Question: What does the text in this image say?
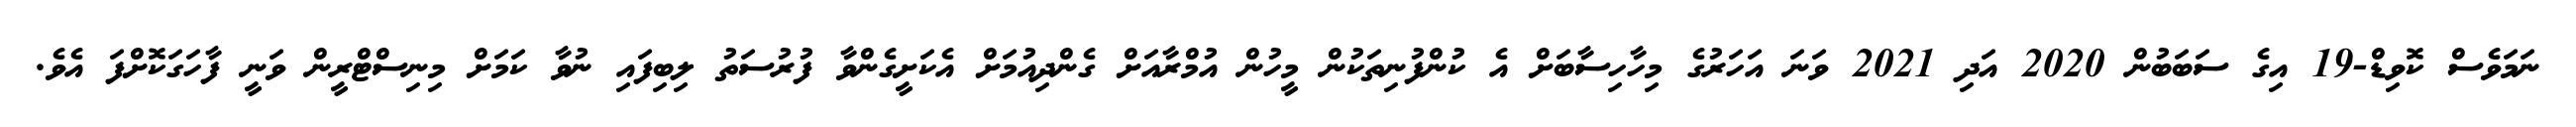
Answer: ނަމަވެސް ކޮވިޑް-19 އިގެ ސަބަބުން 2020 އަދި 2021 ވަނަ އަހަރުގެ މިހާހިސާބަށް އެ ކުންފުނިތަކުން މީހުން އުމްރާއަށް ގެންދިއުމަށް އެކަށީގެންވާ ފުރުސަތު ލިބިފައި ނުވާ ކަމަށް މިނިސްޓްރީން ވަނީ ފާހަގަކޮށްފަ އެވެ.